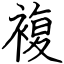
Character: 複